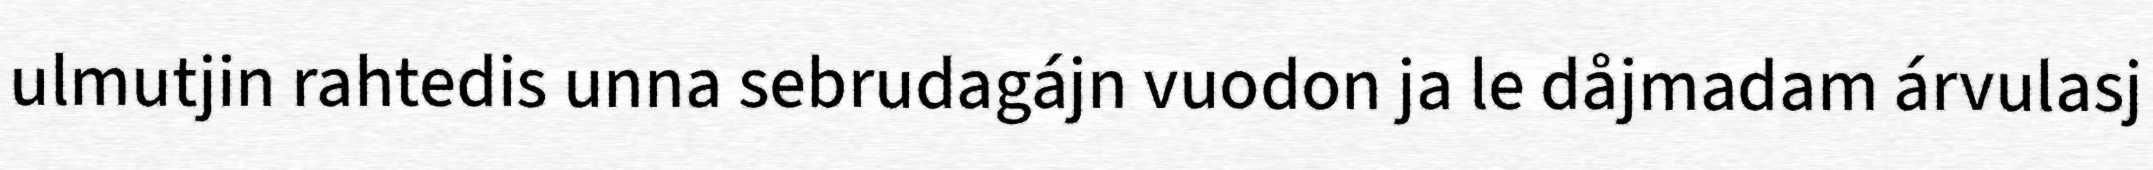
ulmutjin rahtedis unna sebrudagájn vuodon ja le dåjmadam árvulasj